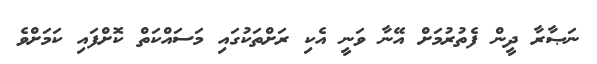
ނަޞާރާ ދީން ފެތުރުމަށް އޭނާ ވަނީ އެކި ރަށްތަކުގައި މަސައްކަތް ކޮށްފައި ކަމަށްވެ